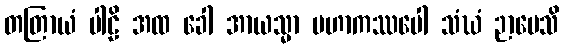
တတြာယံ ပါဠိ အထ ခေါ အာယသ္မာ မဟာကဿပေါ သံဃံ ဉာပေသိ